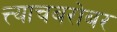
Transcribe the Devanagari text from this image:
त्त्याचबरोबर